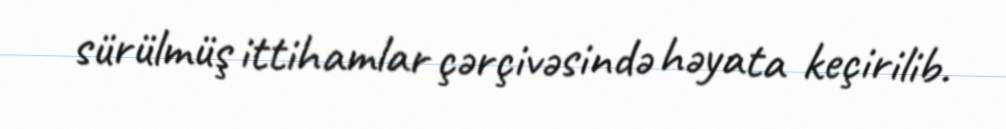
sürülmüş ittihamlar çərçivəsində həyata keçirilib.